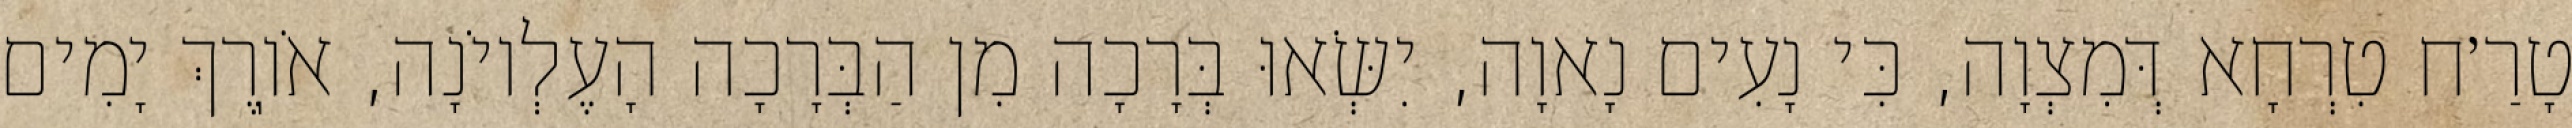
טָרַ׳ח טִרְחָא דְּמִצְוָה, כִּי נָעִים נָאוָה, יִשְּׂאוּ בְּרָכָה מִן הַבְּרָכָה הָעֶלְיוֹנָה, אֹוֽרֶךְ יָמִים